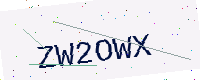
Text: ZW2OWX